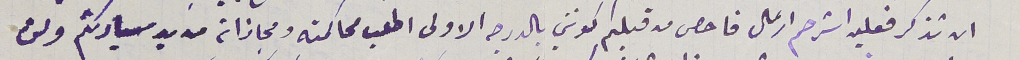
ان تذكر فعليه استرحم ارسَال فاحص من قبلكم كونني بالدرجه الاولى اطلب محاكمتةِ ومجازته من يد سيادتكم ولن